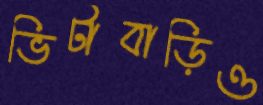
ভিটাবাড়িও